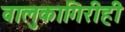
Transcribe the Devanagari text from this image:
वालुकागिरीही